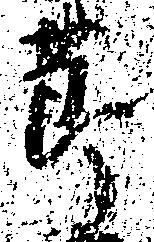
節